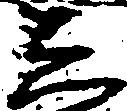
し